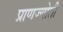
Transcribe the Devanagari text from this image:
प्राणज्योती